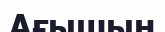
Ағышын